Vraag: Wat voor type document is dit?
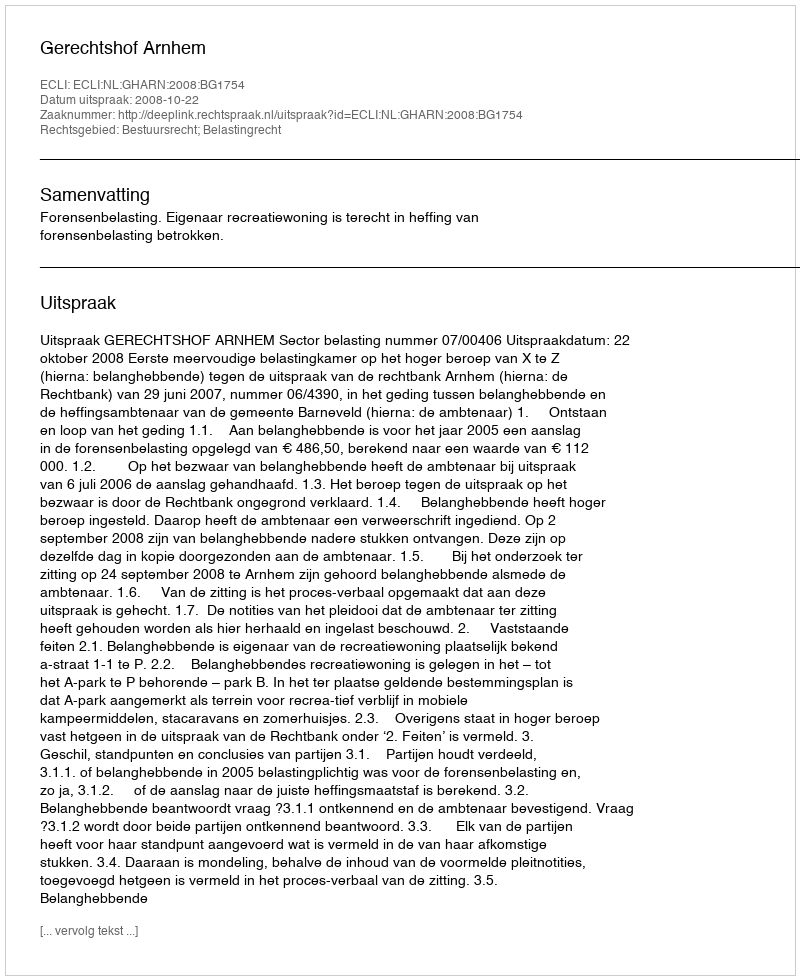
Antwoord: Uitspraak